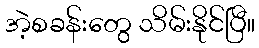
အဲ့စခန်းတွေ သိမ်းနိုင်ပြီ။